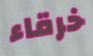
خرقاء